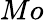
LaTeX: Mo